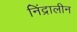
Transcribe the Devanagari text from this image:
निंद्रालीन